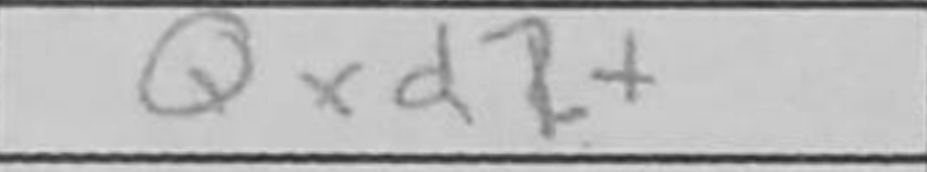
Transcription: Qxd2+